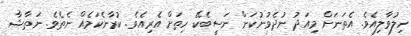
ހިލުވާލިއެވެ. އެތަނަށް މިއަދު ނުދެވުނުކަން ނަސީބެކޭ ހިތަށް އެރިއެވެ. ކުރާނެކަމެއް ނެެތެވެ. ނަތާޝާ